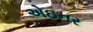
એઇનર